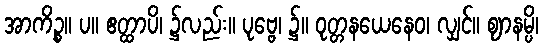
အာကိဉ္စ။ ပ။ ဧတ္ထာပိ၊ ၌လည်း။ ပုဗ္ဗေ၊ ၌။ ဝုတ္တနယေနေဝ၊ လျှင်။ ဈာနမ္ပိ၊